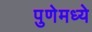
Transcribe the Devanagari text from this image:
पुणेमध्ये